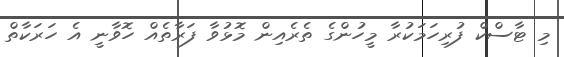
މި ޓާސްކް ފުރިހަމަކުރާ މީހުންގެ ތެރެއިން މޮޅުވާ ފަރާތެއް ހޮވާނީ އެ ހަރަކާތް